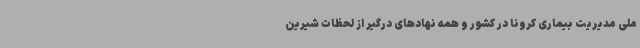
ملی مدیریت بیماری کرونا در کشور و همه نهادهای درگیر از لحظات شیرین